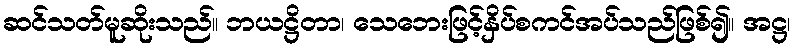
ဆင်သတ်မူဆိုးသည်။ ဘယဋ္ဌိတာ၊ သေဘေးဖြင့်နှိပ်စကင်အပ်သည်ဖြစ်၍။ အဋ္ဌ၊